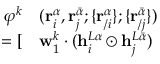
\begin{array} { r l r } { \varphi ^ { k } } & { { } ( \mathbf { r } _ { i } ^ { \alpha } , \mathbf { r } _ { j } ^ { \bar { \alpha } } ; \{ \mathbf { r } _ { / i } ^ { \alpha } \} ; \{ \mathbf { r } _ { / j } ^ { \bar { \alpha } } \} ) } & { } \\ { = [ } & { { } \mathbf { w } _ { 1 } ^ { k } \cdot ( \mathbf { h } _ { i } ^ { L \alpha } \odot \mathbf { h } _ { j } ^ { L \bar { \alpha } } ) } \end{array}